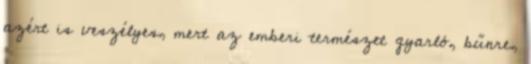
azért is veszélyes, mert az emberi természet gyarló, bűnre,